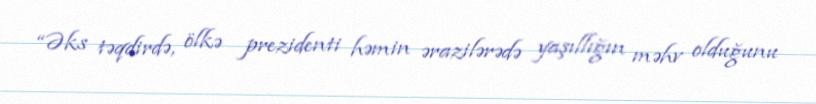
“Əks təqdirdə, ölkə prezidenti həmin ərazilərədə yaşıllığın məhv olduğunu